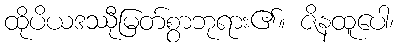
ထိုပိယဒဿီုမြတ်စွာဘုရား၏။ ဇိနထူပေါ၊